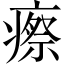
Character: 瘵